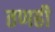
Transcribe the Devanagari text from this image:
तणही